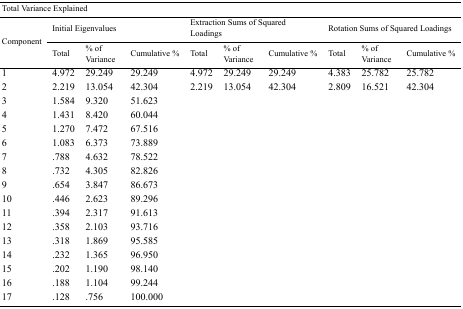
| <COLSPAN=10> Total Variance Explained |
 | <ROWSPAN=3> Component | <COLSPAN=3> Initial Eigenvalues | <COLSPAN=3> Extraction Sums of Squared Loadings | <COLSPAN=3> Rotation Sums of Squared Loadings |
 | Total | % of Variance | Cumulative % | Total | % of Variance | Cumulative % | Total | % of Variance | Cumulative % |
 | --- | --- | --- | --- | --- | --- | --- | --- | --- | --- |
 | 1 | 4.972 | 29.249 | 29.249 | 4.972 | 29.249 | 29.249 | 4.383 | 25.782 | 25.782 |
 | 2 | 2.219 | 13.054 | 42.304 | 2.219 | 13.054 | 42.304 | 2.809 | 16.521 | 42.304 |
 | 3 | 1.584 | 9.320 | 51.623 |  |  |  |  |  |  |
 | 4 | 1.431 | 8.420 | 60.044 |  |  |  |  |  |  |
 | 5 | 1.270 | 7.472 | 67.516 |  |  |  |  |  |  |
 | 6 | 1.083 | 6.373 | 73.889 |  |  |  |  |  |  |
 | 7 | .788 | 4.632 | 78.522 |  |  |  |  |  |  |
 | 8 | .732 | 4.305 | 82.826 |  |  |  |  |  |  |
 | 9 | .654 | 3.847 | 86.673 |  |  |  |  |  |  |
 | 10 | .446 | 2.623 | 89.296 |  |  |  |  |  |  |
 | 11 | .394 | 2.317 | 91.613 |  |  |  |  |  |  |
 | 12 | .358 | 2.103 | 93.716 |  |  |  |  |  |  |
 | 13 | .318 | 1.869 | 95.585 |  |  |  |  |  |  |
 | 14 | .232 | 1.365 | 96.950 |  |  |  |  |  |  |
 | 15 | .202 | 1.190 | 98.140 |  |  |  |  |  |  |
 | 16 | .188 | 1.104 | 99.244 |  |  |  |  |  |  |
 | 17 | .128 | .756 | 100.000 |  |  |  |  |  |  |